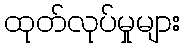
ထုတ်လုပ်မှုများ